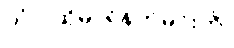
တံ - ထိုမာရ်နတ်မင်းကို၊